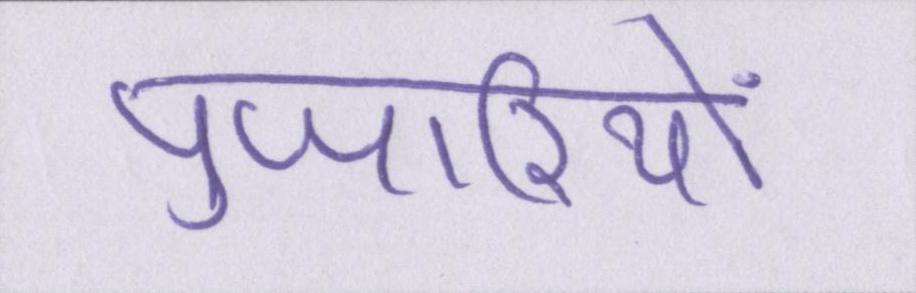
पुजारियों